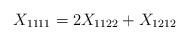
LaTeX: \begin{align*}X_{1111} = 2 X_{1122} + X_{1212} \end{align*}